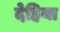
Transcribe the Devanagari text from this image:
देहिया